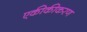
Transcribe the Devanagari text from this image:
एकीकीकरण